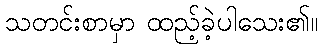
သတင်းစာမှာ ထည့်ခဲ့ပါသေး၏။